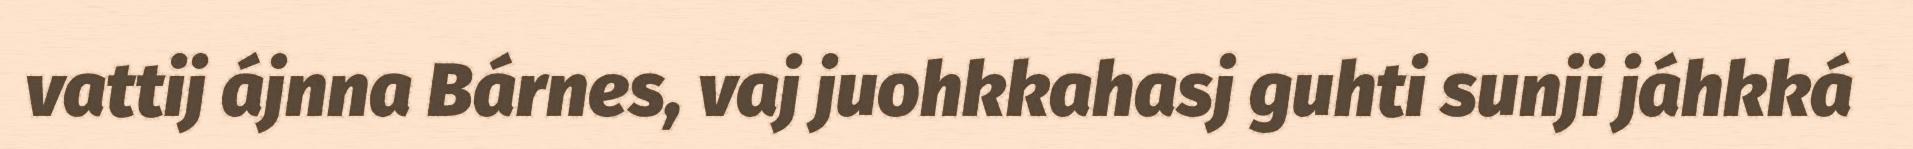
vattij ájnna Bárnes, vaj juohkkahasj guhti sunji jáhkká